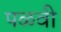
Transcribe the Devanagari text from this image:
पळवी